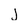
Character: J